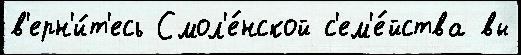
в'ерн'и́т'есь Смол'е́нской с'ем'е́йства вы